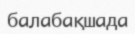
балабақшада